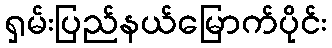
ရှမ်းပြည်နယ်မြောက်ပိုင်း